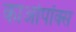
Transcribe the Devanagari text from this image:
काओपॉक्स